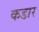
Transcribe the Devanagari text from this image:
कडार